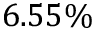
6 . 5 5 \%